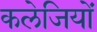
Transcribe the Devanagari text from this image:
कलेजियों